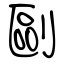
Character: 剾